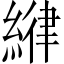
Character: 𦂻